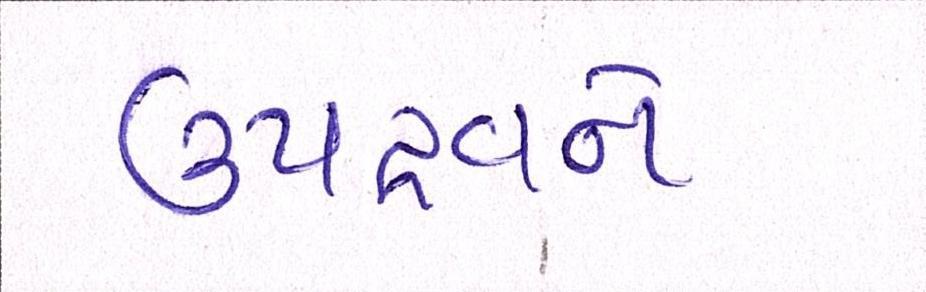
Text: ઉપદ્રવને